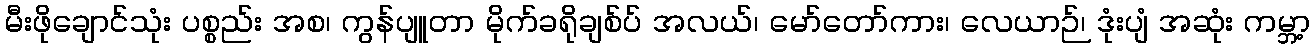
မီးဖိုချောင်သုံး ပစ္စည်း အစ၊ ကွန်ပျူတာ မိုက်ခရိုချစ်ပ် အလယ်၊ မော်တော်ကား၊ လေယာဉ်၊ ဒုံးပျံ အဆုံး ကမ္ဘာ့